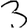
Digit: 3